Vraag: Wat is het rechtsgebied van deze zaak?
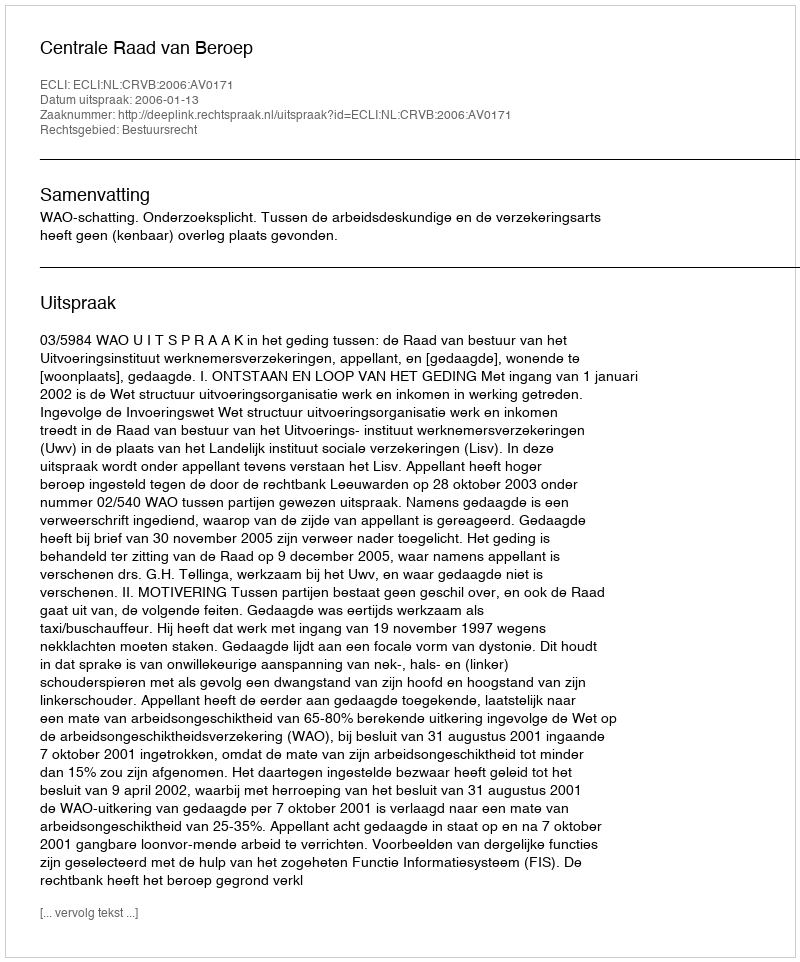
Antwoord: Bestuursrecht